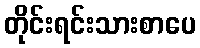
တိုင်းရင်းသားစာပေ